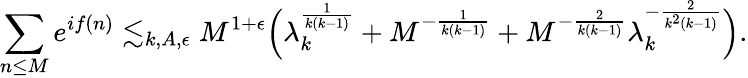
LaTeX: \sum_{n\leq M}e^{if(n)}\lesssim_{k,A,\epsilon}M^{1+\epsilon}\Bigl(\lambda_{k}^{\frac{1}{k(k-1)}}+M^{-\frac{1}{k(k-1)}}+M^{-\frac{2}{k(k-1)}}\lambda_{k}^{-\frac{2}{k^{2}(k-1)}}\Bigr).